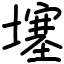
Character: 𡑮